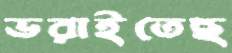
ভরাইতেছ